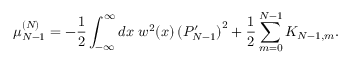
\mu _ { N - 1 } ^ { ( N ) } = - { \frac { 1 } { 2 } } \int _ { - \infty } ^ { \infty } d x \; w ^ { 2 } ( x ) \left( { \cal P } _ { N - 1 } ^ { \prime } \right) ^ { 2 } + { \frac { 1 } { 2 } } \sum _ { m = 0 } ^ { N - 1 } K _ { N - 1 , m } .